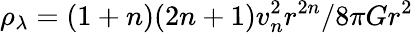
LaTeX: \rho_{\lambda}=(1+n)(2n+1)v_{n}^{2}r^{2n}/8\pi Gr^{2}